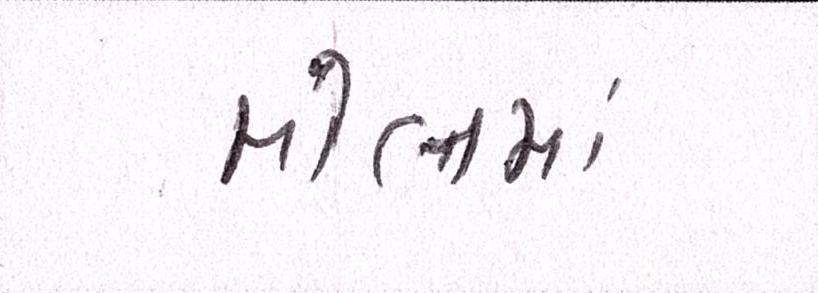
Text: મોલમાં